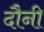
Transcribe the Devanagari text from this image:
दौनी